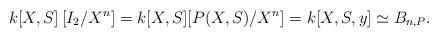
LaTeX: \begin{align*}k[X,S]\left[I_{2}/X^{n}\right]=k[X,S][P(X,S)/X^{n}]=k[X,S,y]\simeq B_{n,P}.\end{align*}